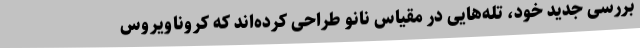
بررسی جدید خود، تله‌هایی در مقیاس نانو طراحی کرده‌اند که کروناویروس